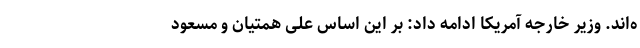
ه‌اند. وزیر خارجه آمریکا ادامه داد: بر این اساس علی همتیان و مسعود